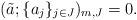
LaTeX: \begin{align*}(\tilde{a};\{a_j\}_{j\in J})_{m,J}=0.\end{align*}